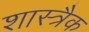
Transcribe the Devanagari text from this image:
शास्त्रैक